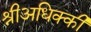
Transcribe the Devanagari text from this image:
श्रीअधिक्की